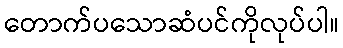
တောက်ပသောဆံပင်ကိုလုပ်ပါ။